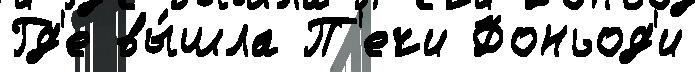
Гд'е вы́шла П'ечи Фоньод'и